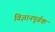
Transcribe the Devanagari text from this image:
विज्ञानपूर्वक